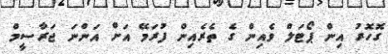
ގޮހޮރު އިން ޕޯޓަލް ވެއިން ގެ ތެރެއިން ފުރަމޭ އަށް އަންނަ ޖަރާސީމް